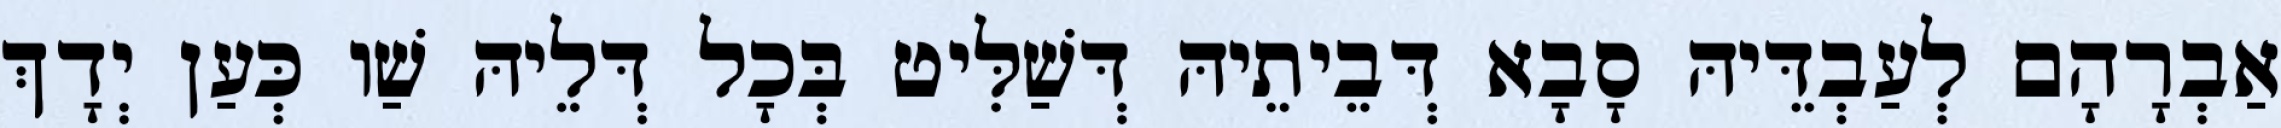
אַבְרָהָם לְעַבְדֵּיהּ סָבָא דְּבֵיתֵיהּ דְּשַׁלִּיט בְּכָל דְּלֵיהּ שַׁו כְּעַן יְדָךְ